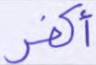
أكفر